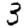
Digit: 3